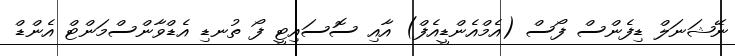
ނޭޝަނަލް ޑިފެންސް ފޯސް (އެމްއެންޑީއެފް) އާއި ސޮސައިޓީ ފޯ ތުނޑި އެޑްވާންސްމަންޓް އެންޑް